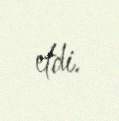
etdi.